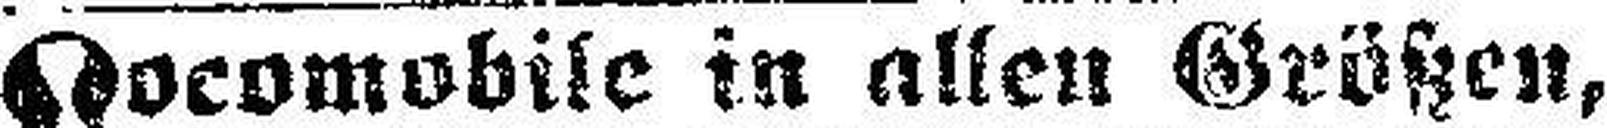
Locomobile in allen Größen,